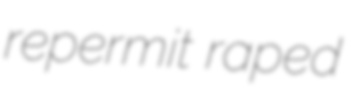
repermit raped